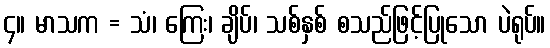
၄။ မာသက = သံ၊ ကြေး၊ ချိပ်၊ သစ်နှစ် စသည်ဖြင့်ပြုသော ပဲရုပ်။